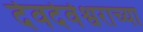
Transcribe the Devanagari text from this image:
देवदेवेश्वराच्या